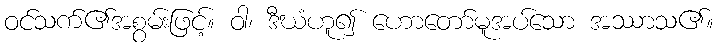
ဝင်သက်၏အစွမ်းဖြင့်။ ဝါ၊ ဒီဃံဟူ၍ ဟောတော်မူအပ်သော အဿာသ၏။